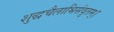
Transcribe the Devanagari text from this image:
शुद्धचैलाभिसंवृतम्।